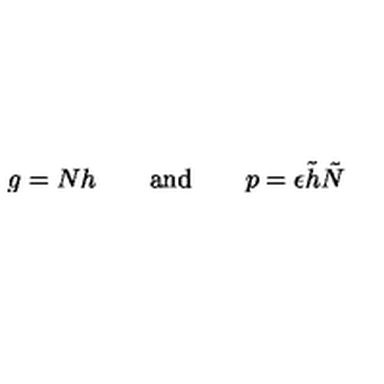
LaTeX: g = N h \qquad \mathrm { a n d } \qquad p = \epsilon \tilde { h } \tilde { N }